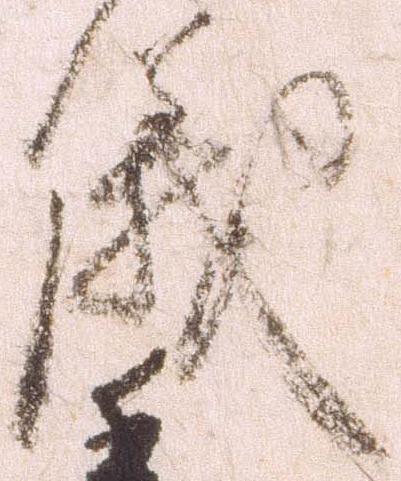
儀